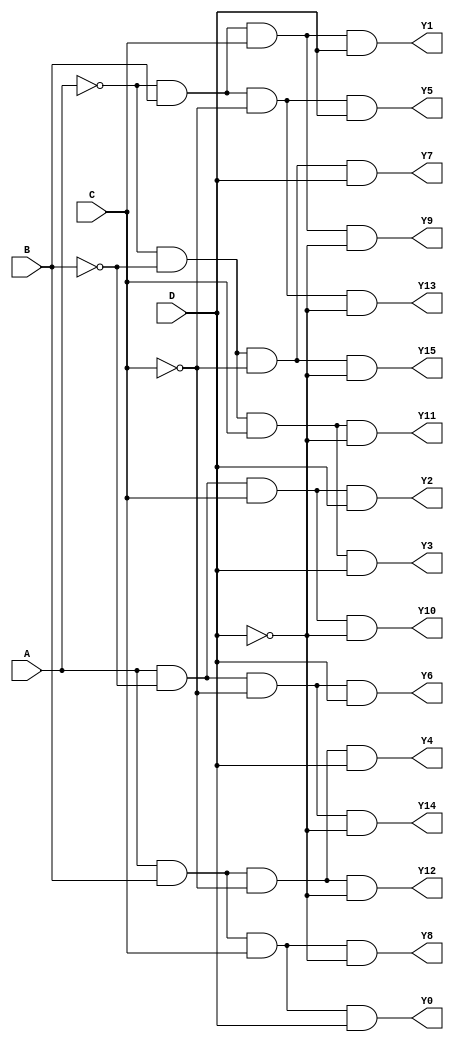
module demux4to16 (
    input wire A,
    input wire B,
    input wire C,
    input wire D,
    
    output reg Y0,
    output reg Y1,
    output reg Y2,
    output reg Y3,
    output reg Y4,
    output reg Y5,
    output reg Y6,
    output reg Y7,
    output reg Y8,
    output reg Y9,
    output reg Y10,
    output reg Y11,
    output reg Y12,
    output reg Y13,
    output reg Y14,
    output reg Y15
);

assign Y0 = A & B & C & D;
assign Y1 = ~A & B & C & D;
assign Y2 = A & ~B & C & D;
assign Y3 = ~A & ~B & C & D;
assign Y4 = A & B & ~C & D;
assign Y5 = ~A & B & ~C & D;
assign Y6 = A & ~B & ~C & D;
assign Y7 = ~A & ~B & ~C & D;
assign Y8 = A & B & C & ~D;
assign Y9 = ~A & B & C & ~D;
assign Y10 = A & ~B & C & ~D;
assign Y11 = ~A & ~B & C & ~D;
assign Y12 = A & B & ~C & ~D;
assign Y13 = ~A & B & ~C & ~D;
assign Y14 = A & ~B & ~C & ~D;
assign Y15 = ~A & ~B & ~C & ~D;

endmodule